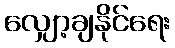
လျှော့ချနိုင်ရေး